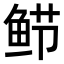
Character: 𬶎